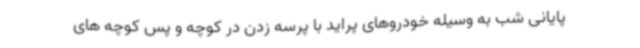
پایانی شب به وسیله خودروهای پراید با پرسه زدن در کوچه و پس کوچه های